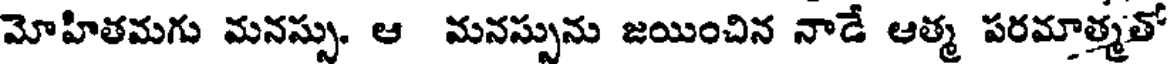
మోహితమగు మనస్సు. ఆ మనస్పును జయించిన నాడే ఆత్మ పరమాత్మతో